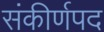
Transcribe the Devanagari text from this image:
संकीर्णपद